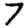
Digit: 7